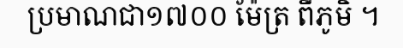
ប្រមាណជា១៧០០ ម៉ែត្រ ពីភូមិ ។